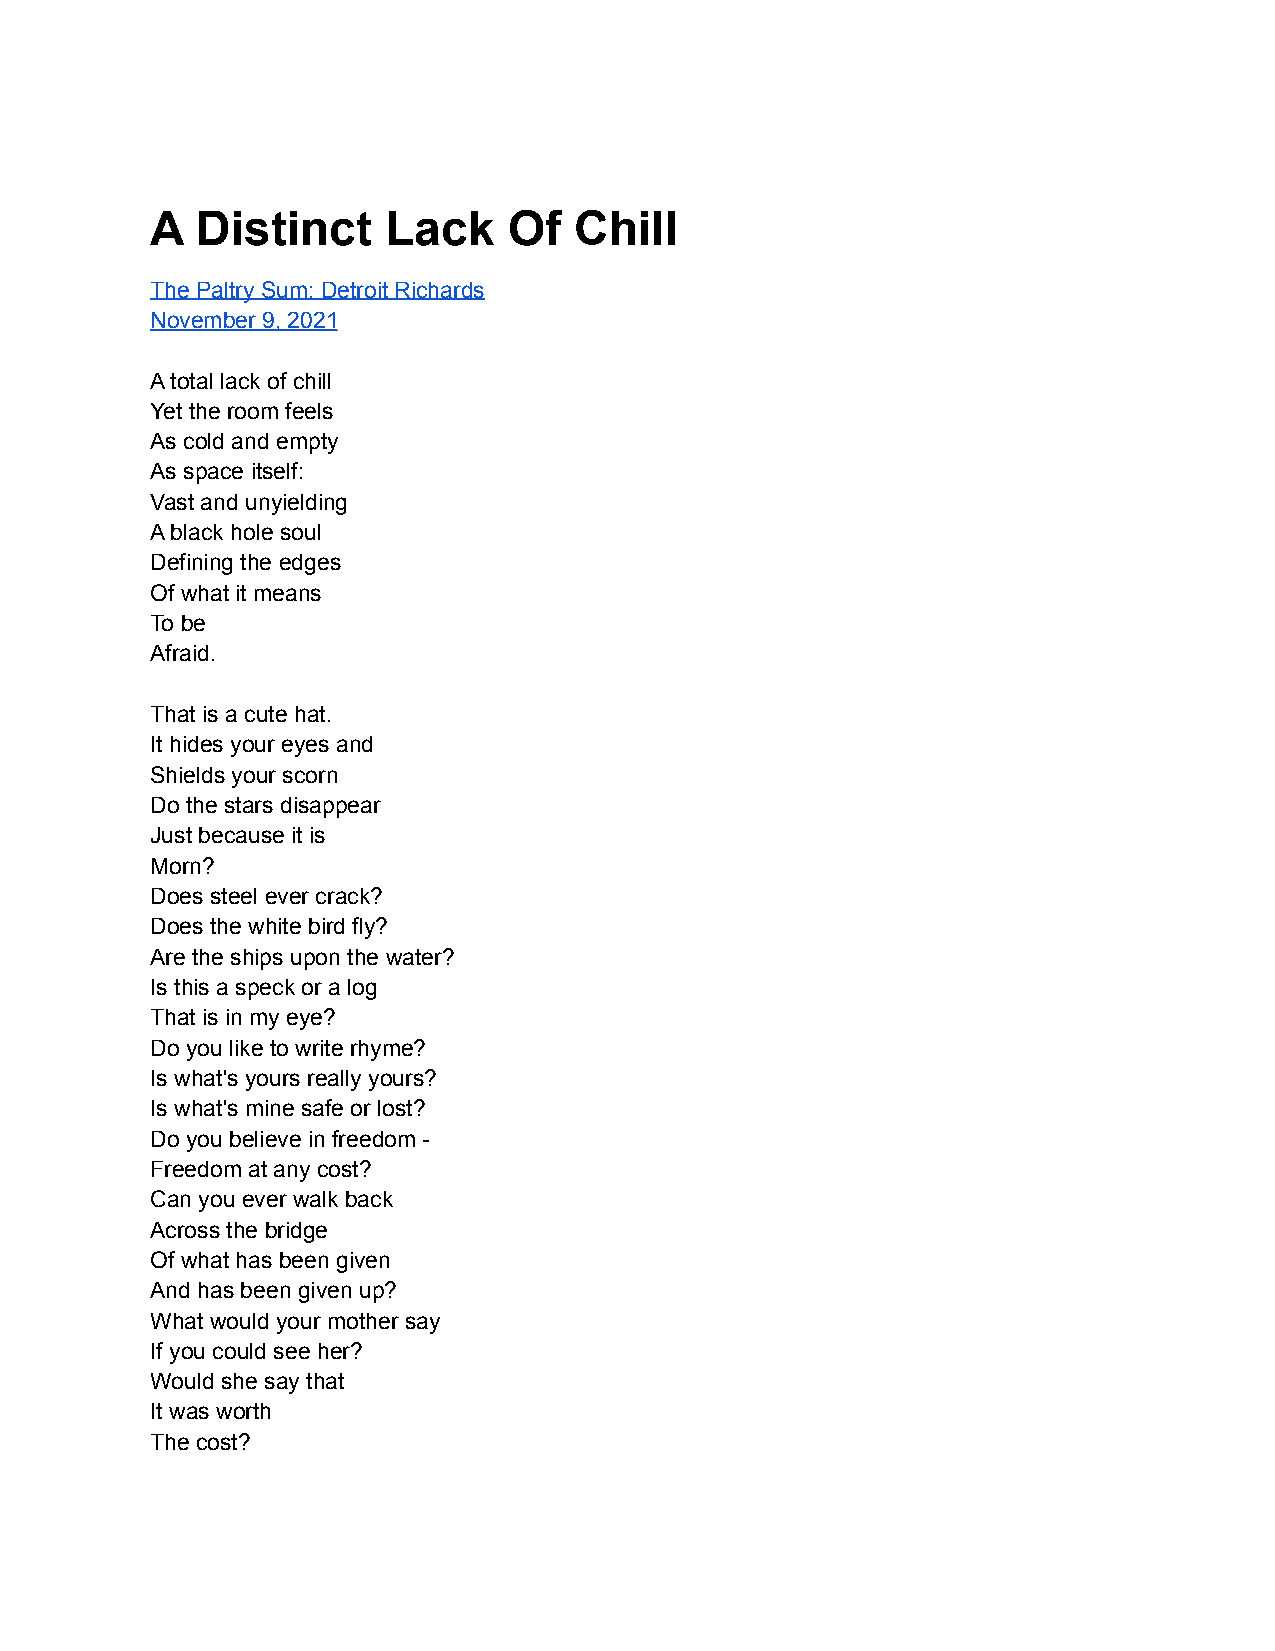
A  Distinct    Lack     Of  Chill
 The Paltry Sum: Detroit Richards
 November 9, 2021
 A total lack of chill
 Yet the room feels
 As cold and empty
 As space itself:
 Vast and unyielding
 A black hole soul
 Defining the edges
 Of what it means
 To be
 Afraid.
 That is a cute hat.
 It hides your eyes and
 Shields your scorn
 Do the stars disappear
 Just because it is
 Morn?
 Does steel ever crack?
 Does the white bird fly?
 Are the ships upon the water?
 Is this a speck or a log
 That is in my eye?
 Do you like to write rhyme?
 Is what's yours really yours?
 Is what's mine safe or lost?
 Do you believe in freedom -
 Freedom at any cost?
 Can you ever walk back
 Across the bridge
 Of what has been given
 And has been given up?
 What would your mother say
 If you could see her?
 Would she say that
 It was worth
 The cost?